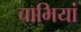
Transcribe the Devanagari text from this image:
चाभियां